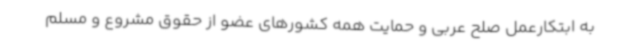
به ابتکارعمل صلح عربی و حمایت همه کشورهای عضو از حقوق مشروع و مسلم